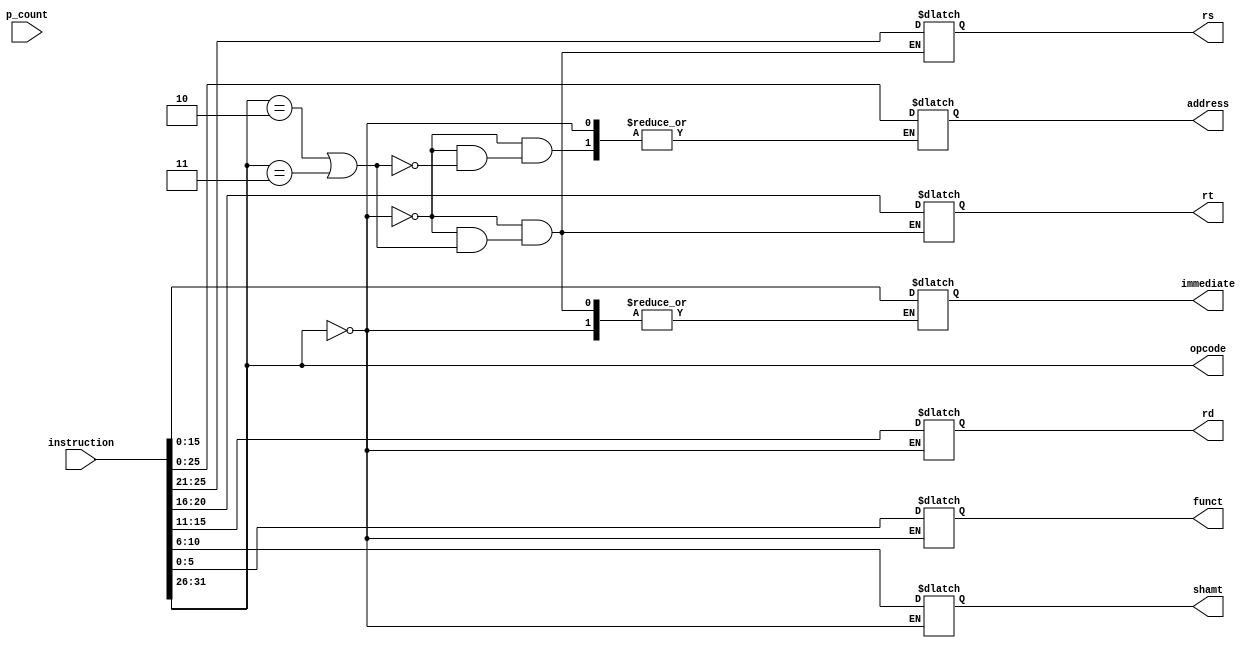
`timescale 1ns / 1ps
//////////////////////////////////////////////////////////////////////////////////
// Company: 
// Engineer: 
// 
// Design Name: 
// Module Name: inst_parser
// Project Name: 
// Target Devices: 
// Tool Versions: 
// Description: 
// 
// Dependencies: 
// 
// Revision:
// Revision 0.01 - File Created
// Additional Comments:
// 
//////////////////////////////////////////////////////////////////////////////////


module inst_parser(
	output wire [5:0] opcode,
	output reg [4:0] rs, rt, rd, shamt, 
	output reg [5:0] funct,
	output reg[15:0] immediate,
	output reg [25:0] address,
	input [31:0] instruction, p_count
);

	assign opcode = instruction[31:26];
	
	always @(instruction) begin
		// R-type
		if(opcode == 6'h0) begin
			shamt = instruction[10:6];
			rd = instruction[15:11];
			rt = instruction[20:16];
			rs = instruction[25:21];
			funct = instruction[5:0];
		end
		// J type
		else if(opcode == 6'h2 | opcode == 6'h3) begin
			address = instruction[26:0];
		end
		// I type
		else begin
			rt = instruction[20:16];
			rs = instruction[25:21];
			immediate = instruction[15:0];
		end
	end
	
endmodule